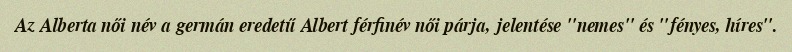
Az Alberta női név a germán eredetű Albert férfinév női párja, jelentése "nemes" és "fényes, híres".